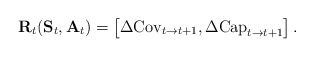
\begin{align*} \mathbf{R}_t(\mathbf{S}_t, \mathbf{A}_t) = \begin{bmatrix} \Delta \mathrm{Cov}_{t \rightarrow t+1}, \Delta \mathrm{Cap}_{t \rightarrow t+1} \end{bmatrix}.\end{align*}